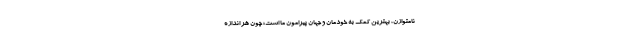
نامتوازن، بهترین کمک به خودمان و جهان پیرامون ما است؛ چون هر اندازه